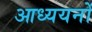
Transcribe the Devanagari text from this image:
आध्ययनों